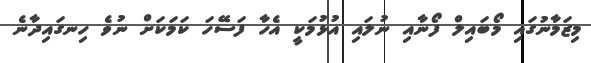
މިޒަމާނުގައި މޯބައިލް ފޯނާއި ނުލައި އުޅުމަކީ އެހާ ފަސޭހަ ކަމަކަށް ނުވެ ހިނގައިދާނެ